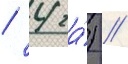
/ 4 га́) //